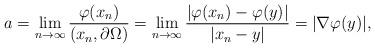
LaTeX: \begin{align*}a = \lim_{n \to\infty} \frac{\varphi(x_n)}{(x_n,\partial \Omega)} =\lim_{n \to\infty} \frac{|\varphi(x_n) - \varphi(y)|}{|x_n - y|} = |\nabla \varphi(y)|,\end{align*}